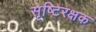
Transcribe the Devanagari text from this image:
सृष्टिरक्षक